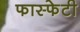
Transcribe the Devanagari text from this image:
फास्फेटी